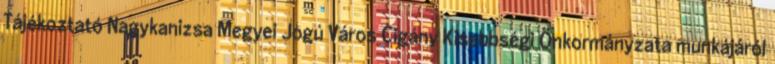
Tájékoztató Nagykanizsa Megyei Jogú Város Cigány Kisebbségi Önkormányzata munkájáról